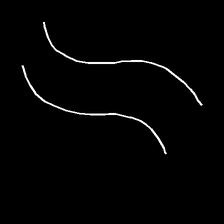
Glyph: float